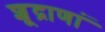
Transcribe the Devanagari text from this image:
शूद्राणां